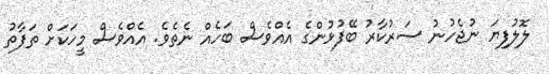
ލޮލުފިޔަ ނުޖެހުނު ސަރުކާރު ބޭފުޅުންގެ އެއްވެސް ބަހެއް ނެތެވެ. އެއްވެސް މީހަކަށް ތަފާތު